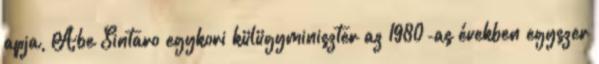
apja, Abe Sintaro egykori külügyminiszter az 1980-as években egyszer